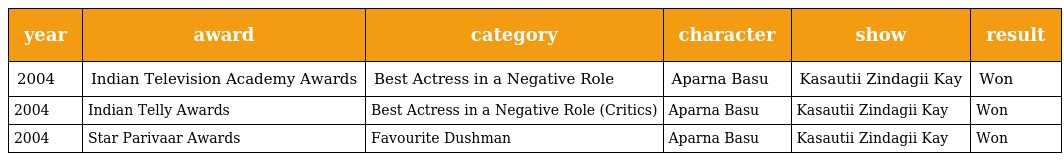
| year | award | category | character | show | result |
 | --- | --- | --- | --- | --- | --- |
 | 2004 | Indian Television Academy Awards | Best Actress in a Negative Role | Aparna Basu | Kasautii Zindagii Kay | Won |
 | 2004 | Indian Telly Awards | Best Actress in a Negative Role (Critics) | Aparna Basu | Kasautii Zindagii Kay | Won |
 | 2004 | Star Parivaar Awards | Favourite Dushman | Aparna Basu | Kasautii Zindagii Kay | Won |